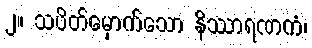
၂။ သပိတ်မှောက်သော နိဿာရဏကံ၊